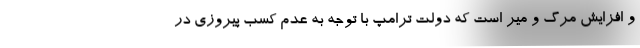
و افزایش مرگ و میر است که دولت ترامپ با توجه به عدم کسب پیروزی در